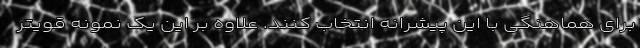
برای هماهنگی با این پیشرانه انتخاب کنند. علاوه بر این یک نمونه قویتر